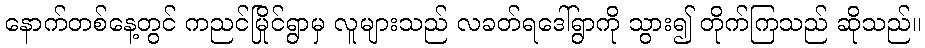
နောက်တစ်နေ့တွင် ကညင်မြိုင်ရွာမှ လူများသည် လခတ်ရဒေါ်ရွာကို သွား၍ တိုက်ကြသည် ဆိုသည်။